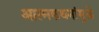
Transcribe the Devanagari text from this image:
आत्मकथनांमुळे